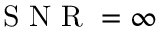
\mathrm { ~ S ~ N ~ R ~ } = \infty